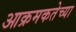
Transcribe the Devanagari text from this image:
आक्रमकतेच्या